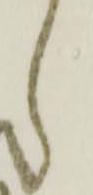
々